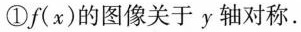
①f(x)的图像关于y轴对称.